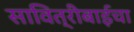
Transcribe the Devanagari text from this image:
सावित्रीबाईचा